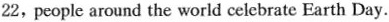
22,people around the world celebrate Farth Day.